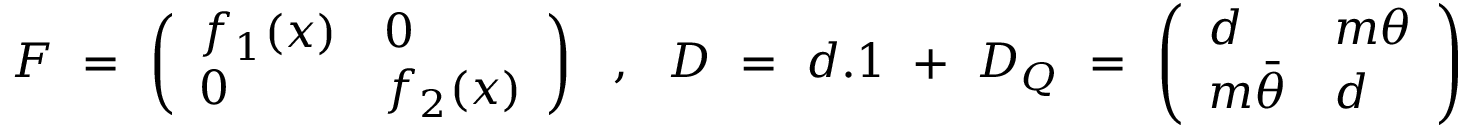
F ~ = ~ \left( \begin{array} { l l } { { f _ { 1 } ( x ) } } & { { 0 } } \\ { { 0 } } & { { f _ { 2 } ( x ) } } \end{array} \right) ~ ~ , ~ ~ D ~ = ~ d . 1 ~ + ~ D _ { Q } ~ = ~ \left( \begin{array} { l l } { { d } } & { { m \theta } } \\ { { m { \bar { \theta } } } } & { { d } } \end{array} \right)